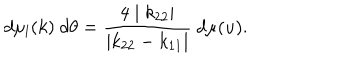
LaTeX: d \mu _ { l } ( k ) ~ d \theta = \frac { 4 \mid k _ { 2 2 } \mid } { \mid k _ { 2 2 } - k _ { 1 1 } \mid } ~ d \mu ( u ) .